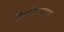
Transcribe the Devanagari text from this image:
तित्तीराएवढा